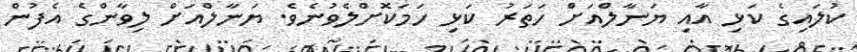
ކުލައިގެ ކަޅި އާއި ޔަނާލްއަށް ހަތަރު ކަޅި ހަމަކޮށްލެވުނެވެ. ޔަނާލްއަށް ލިވާންގެ އެފުން